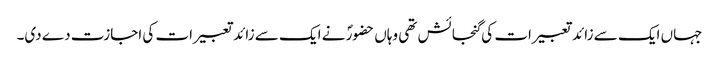
جہاں ایک سے زائد تعبیرات کی گنجائش تھی وہاں حضورؐ نے ایک سے زائد تعبیرات کی اجازت دے دی۔